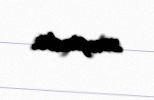
zəngindir.